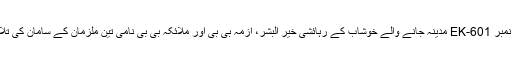
اے این ایف کراچی نے جناح انٹرنیشنل ایئرپورٹ، کراچی پر کاروائی کے دوران بذریعہ پرواز نمبر EK-601 مدینہ جانے والے خوشاب کے رہائشی خیر البشر، اُزمہ بی بی اور ملائکہ بی بی نامی تین ملزمان کے سامان کی تلاشی کے دوران 1.470 کلو گرام میتھ ایمفیٹا مائن برآمد کر کے تینوں ملزمان کو گرفتار کر لیا۔